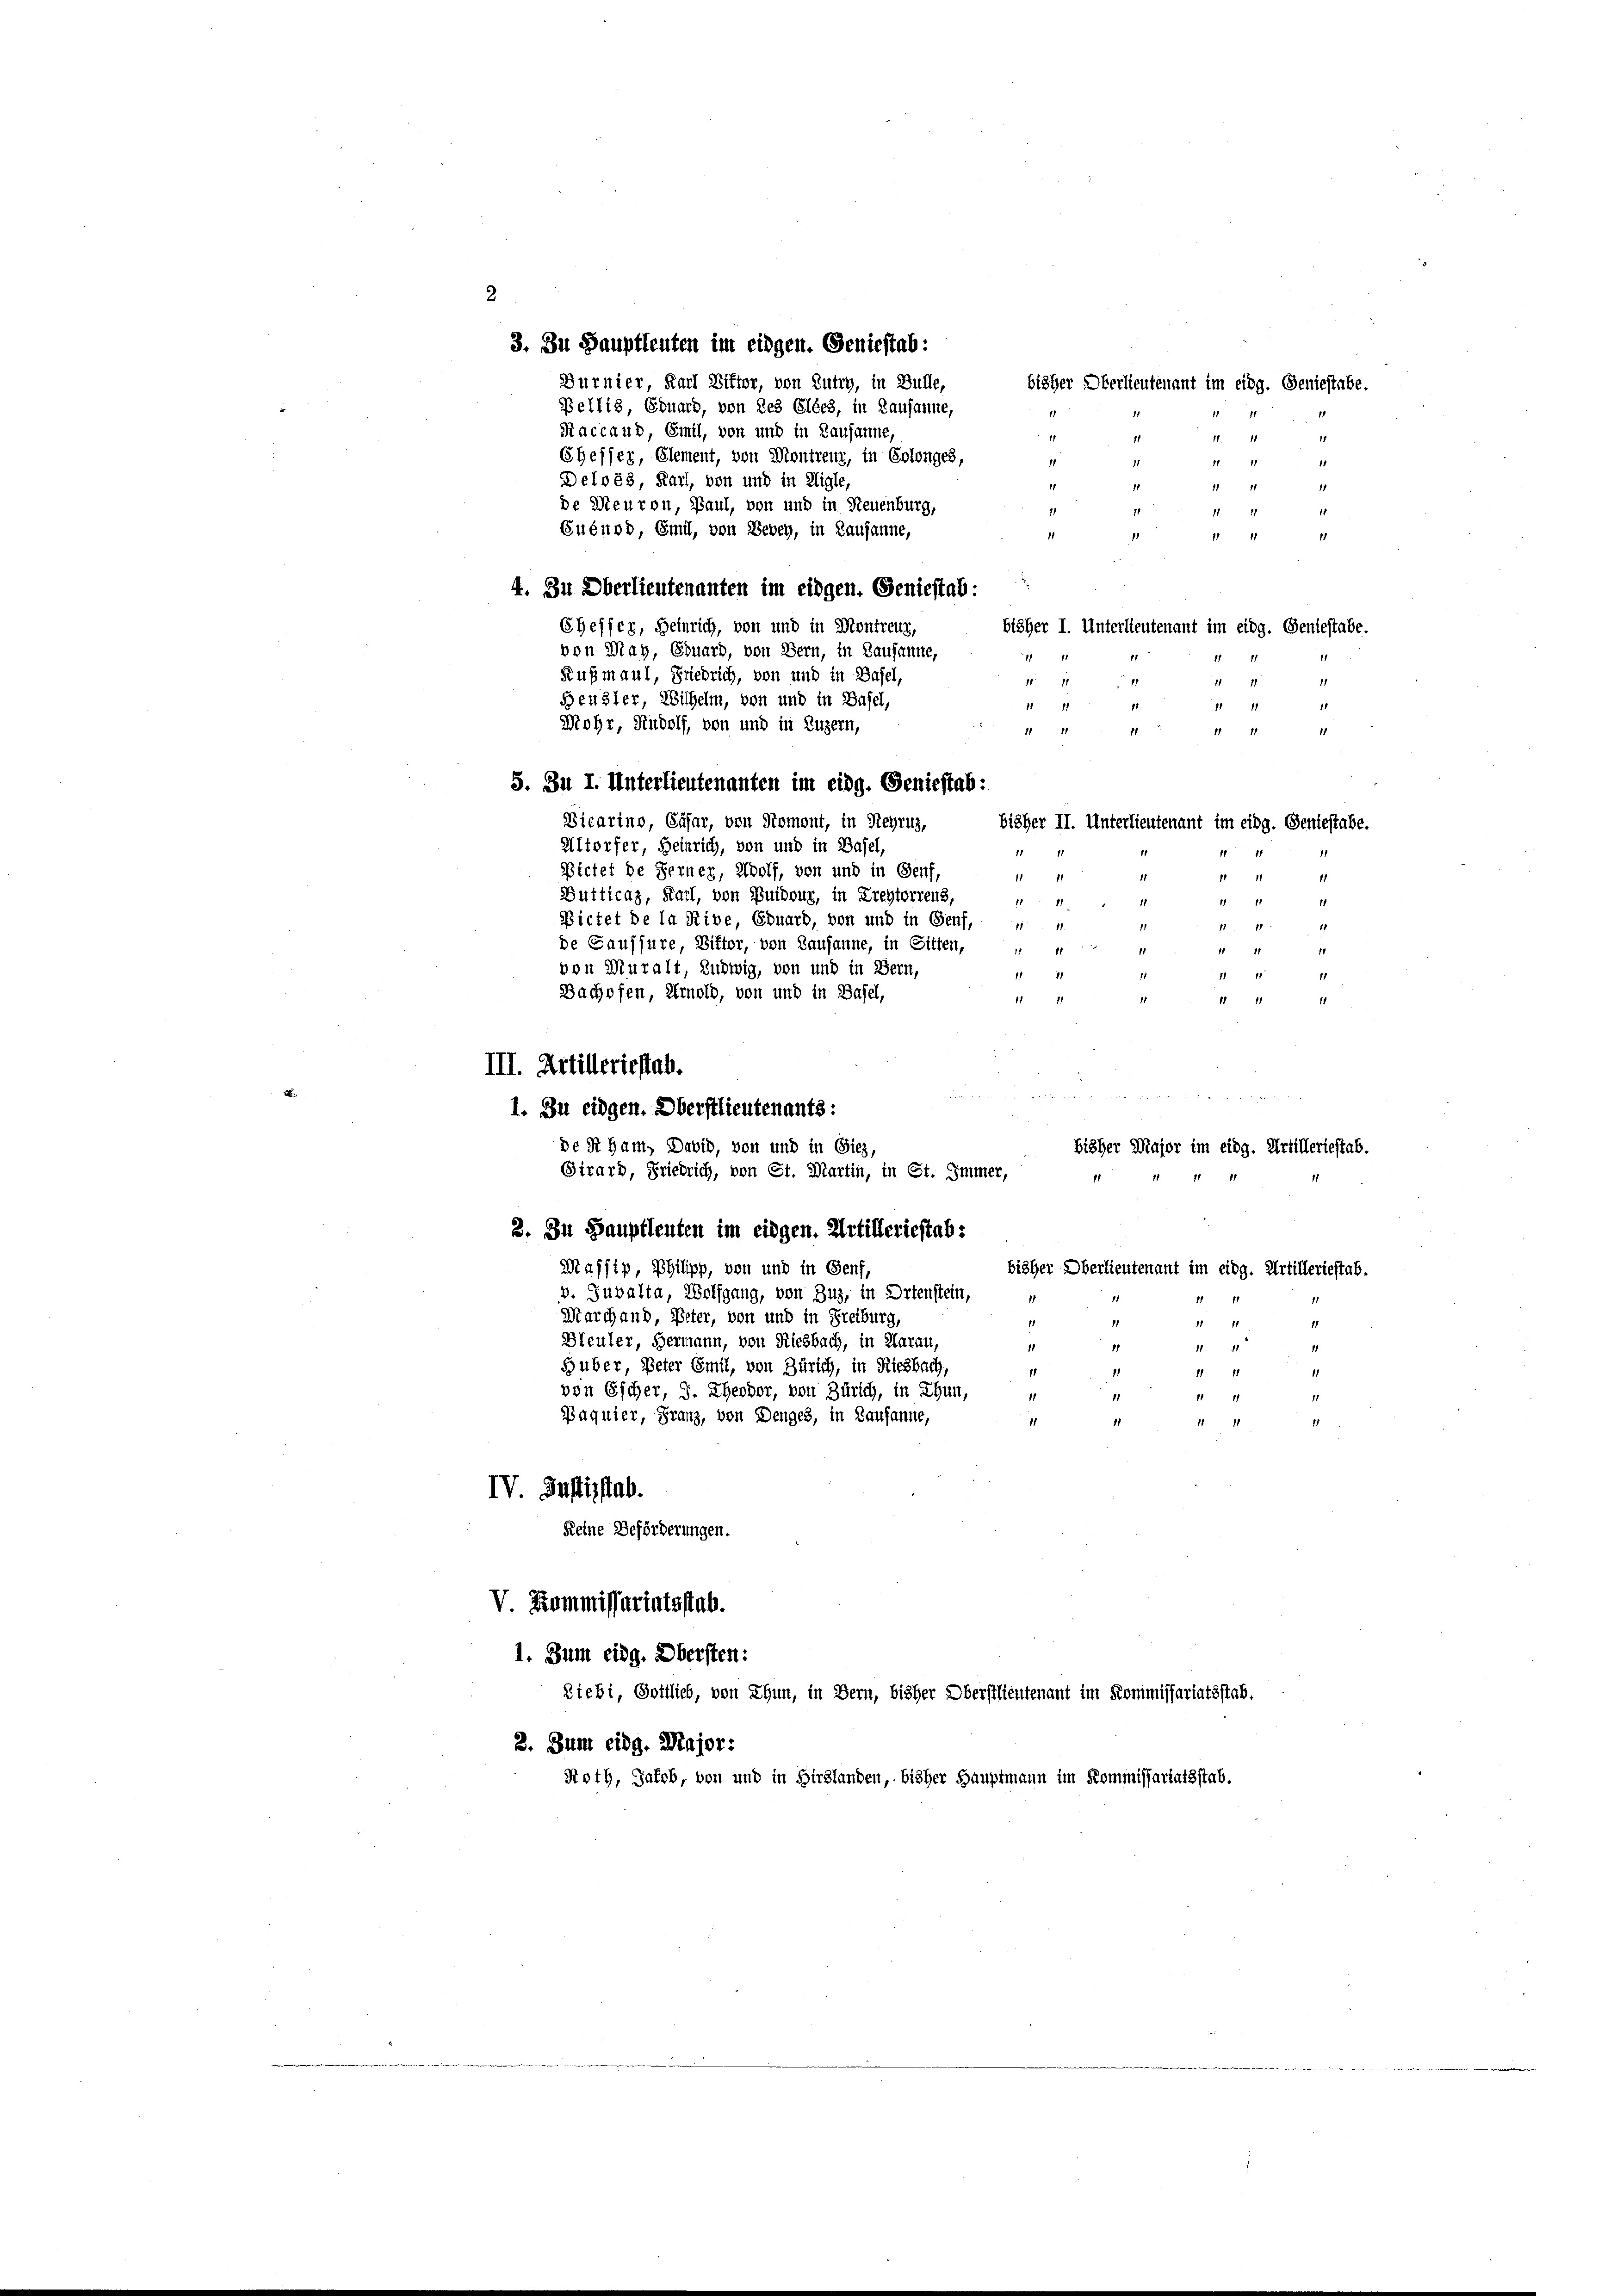
3. In Hauptleuten im eidgen. Geniestab:
Burnier, Karl Bitter, von Lutry, in Bulle,
bisher Oberlieutenant im eidg. Geniestabe.
Pellis, Eduard, von des Glées, in Lausanne,
11
11
Raccaud, Emil, von und in Lausanne,
11
14
11
EHesser, Element, von Montreur, in Erlonges,
1
11
Delvés, Karl, von und in Aigle,
11
11
de Meuron, Paul, von und in Neuenburg,
11
1
Guénod, Emil, von Bebey, in Lausanne,
1
1
d
4. Zu Oberlieutenanten im eidgen. Geniestab:
Cheffer, Heinrich, von und in Montreuz,
bisher I. Unterlieutenant im eidg. Geniestabe.
von May, Eduard, von Bern, in Lausanne,
1
Rußmaul, Friedrich, von und in Basel,
11
15
11. 11
Beusler, Wilhelm, von und in Basel,
11.
1111
11
Mohr, Rudolf, von und in Luzern,
11
11 11
11 11
11
5. Zu I. Unterlieutenanten im eidg. Geniestab:
Dicarino, Cäsar, von Romont, in Regrus,
bisher II. Unterlieutenant im eidg. Geniestabe.
Altorfer, Heinrich, von und in Basel,
11
Bietet de Ferner, Wolf, von und in Genf,
1
1111
11 11
1
Dutticaz, Karl, von Buidwur, in Freytorrens,
1111
11 11
11.
11
Bietet de la Ribe, Eduard, von und in Genf,
1
1. " 14 " 24
de Gaussure, Bitter, von Lausanne, in Sitten, " "
11 11
11
von Muralt, Ludwig, von und in Bern,
1111
u
1
Bachofen, Arnold, von und in Basel,
11 11
I 2 S 27
III. Artilleriestab.
uunter angen es seine
1. Zu eidgen. Oberstlieutenants:
de St Ham, David, von und in Sieg,
bisher Major im eidg. Artilleriestab.
Girard, Friedrich, von St. Martin, in St. Immer,
.
2. Zu Hauptleuten im eidgen. Artilleriestab:
Mafsip, Philipp, von und in Genf,
bisher Oberlieutenant im eidg. Artilleriestab.
v. Gubalta, Wolfgang, von Zuz, in Ortenstein,
Marchand, Peter, von und in Freiburg,
i
1
11
11
Bleuler, Hermann, von Riesbach, in Aarau,
1
1
11
11
Huber, Peter Emil, von Zürich, in Riesbach,
1
11
1
11
von Escher, J. Theodor, von Zürich, in Thun,
11
11
1
Paquier, Franz, von Denges, in Lausanne,
11
11
11
1111
IV. Justizstab.
Keine Beförderungen.
V. Kommissariatsstab.
1. Zum eidg. Obersten:
Ziebi, Gottlieb, von Thun, in Bern, bisher Oberstlieutenant im Kommissariatsstab.
2. Zum eidg. Major:
Roth, Jakob, von und in Hirslanden, bisher Hauptmann im Kommissariatsstab.